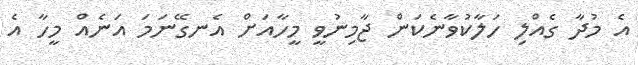
އެ މުދާ ގެއްލި ހަލާކުވާނެކަން ޖާމިނުވީ މީހާއަށް އެނގޭނަމަ އަނެއް މީހާ އެ